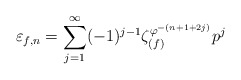
\begin{align*}\varepsilon_{f, n} = \sum_{j = 1}^{\infty} (-1)^{j-1} \zeta_{(f)}^{\varphi^{-(n + 1 + 2j)}} p^j\end{align*}